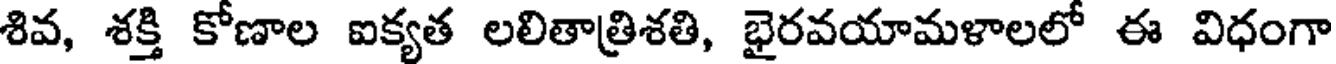
శివ, శక్తి కోణాల ఐక్యత లలితాత్రిశతి, భైరవయామళాలలో ఈ విధంగా